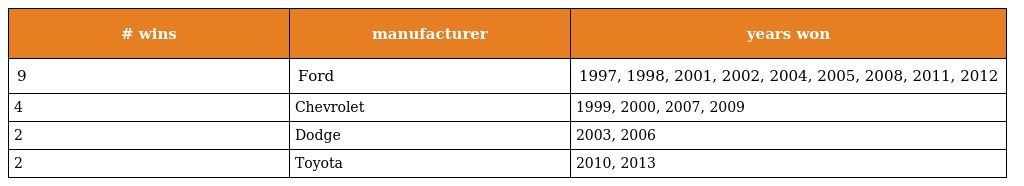
| # wins | manufacturer | years won |
 | --- | --- | --- |
 | 9 | Ford | 1997, 1998, 2001, 2002, 2004, 2005, 2008, 2011, 2012 |
 | 4 | Chevrolet | 1999, 2000, 2007, 2009 |
 | 2 | Dodge | 2003, 2006 |
 | 2 | Toyota | 2010, 2013 |